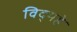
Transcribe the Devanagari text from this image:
विद्‌महे